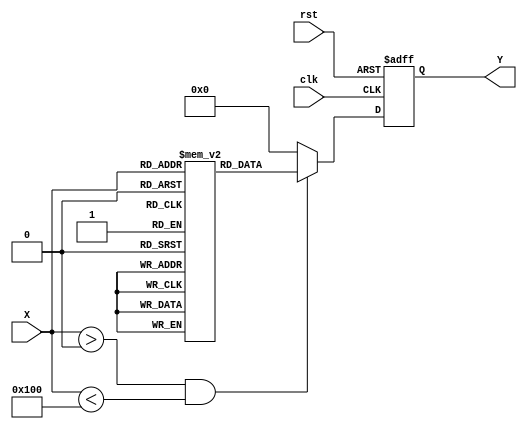
module ApproximateReciprocal #(
    parameter N = 8,  // Input bit width
    parameter M = 4   // Output bit width
)(
    input  wire [N-1:0] X,  // Input value
    output reg  [M-1:0] Y,  // Approximate reciprocal output
    input  wire clk,         // Clock signal
    input  wire rst          // Reset signal
);

    // Lookup table for reciprocal approximations
    reg [M-1:0] lut [0:255]; // LUT for 8-bit input (can be adjusted for larger sizes)

    // Initialize the LUT with precomputed values
    initial begin
        // Example values for LUT (1/X for X = 1 to 255)
        // Note: This is a simplified example; actual values should be calculated
        lut[1] = 4'b0001; // 1/1 = 1
        lut[2] = 4'b0000; // 1/2 = 0.5 (approx 0)
        lut[3] = 4'b0010; // 1/3 = 0.333 (approx 0.5)
        lut[4] = 4'b0011; // 1/4 = 0.25 (approx 0.25)
        // Fill in the rest of the LUT as needed...
        // For simplicity, we can use a constant value for larger inputs
        lut[0] = 4'b0000; // 1/0 is undefined, return 0
        lut[255] = 4'b0000; // 1/255 is very small, return 0
    end

    // Main logic to compute the approximate reciprocal
    always @(posedge clk or posedge rst) begin
        if (rst) begin
            Y <= 0; // Reset output
        end else begin
            if (X > 0 && X < 256) begin
                Y <= lut[X]; // Use LUT for valid inputs
            end else begin
                Y <= 4'b0000; // Return 0 for invalid inputs (e.g., X = 0 or out of range)
            end
        end
    end

endmodule